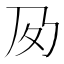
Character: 𡕔